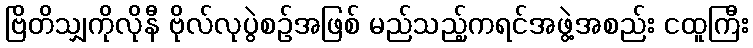
ဗြိတိသျှကိုလိုနီ ဗိုလ်လုပွဲစဉ်အဖြစ် မည်သည့်ကရင်အဖွဲ့အစည်း ငထူကြီး